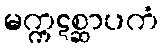
မက္ကဋစ္ဆာပကံ